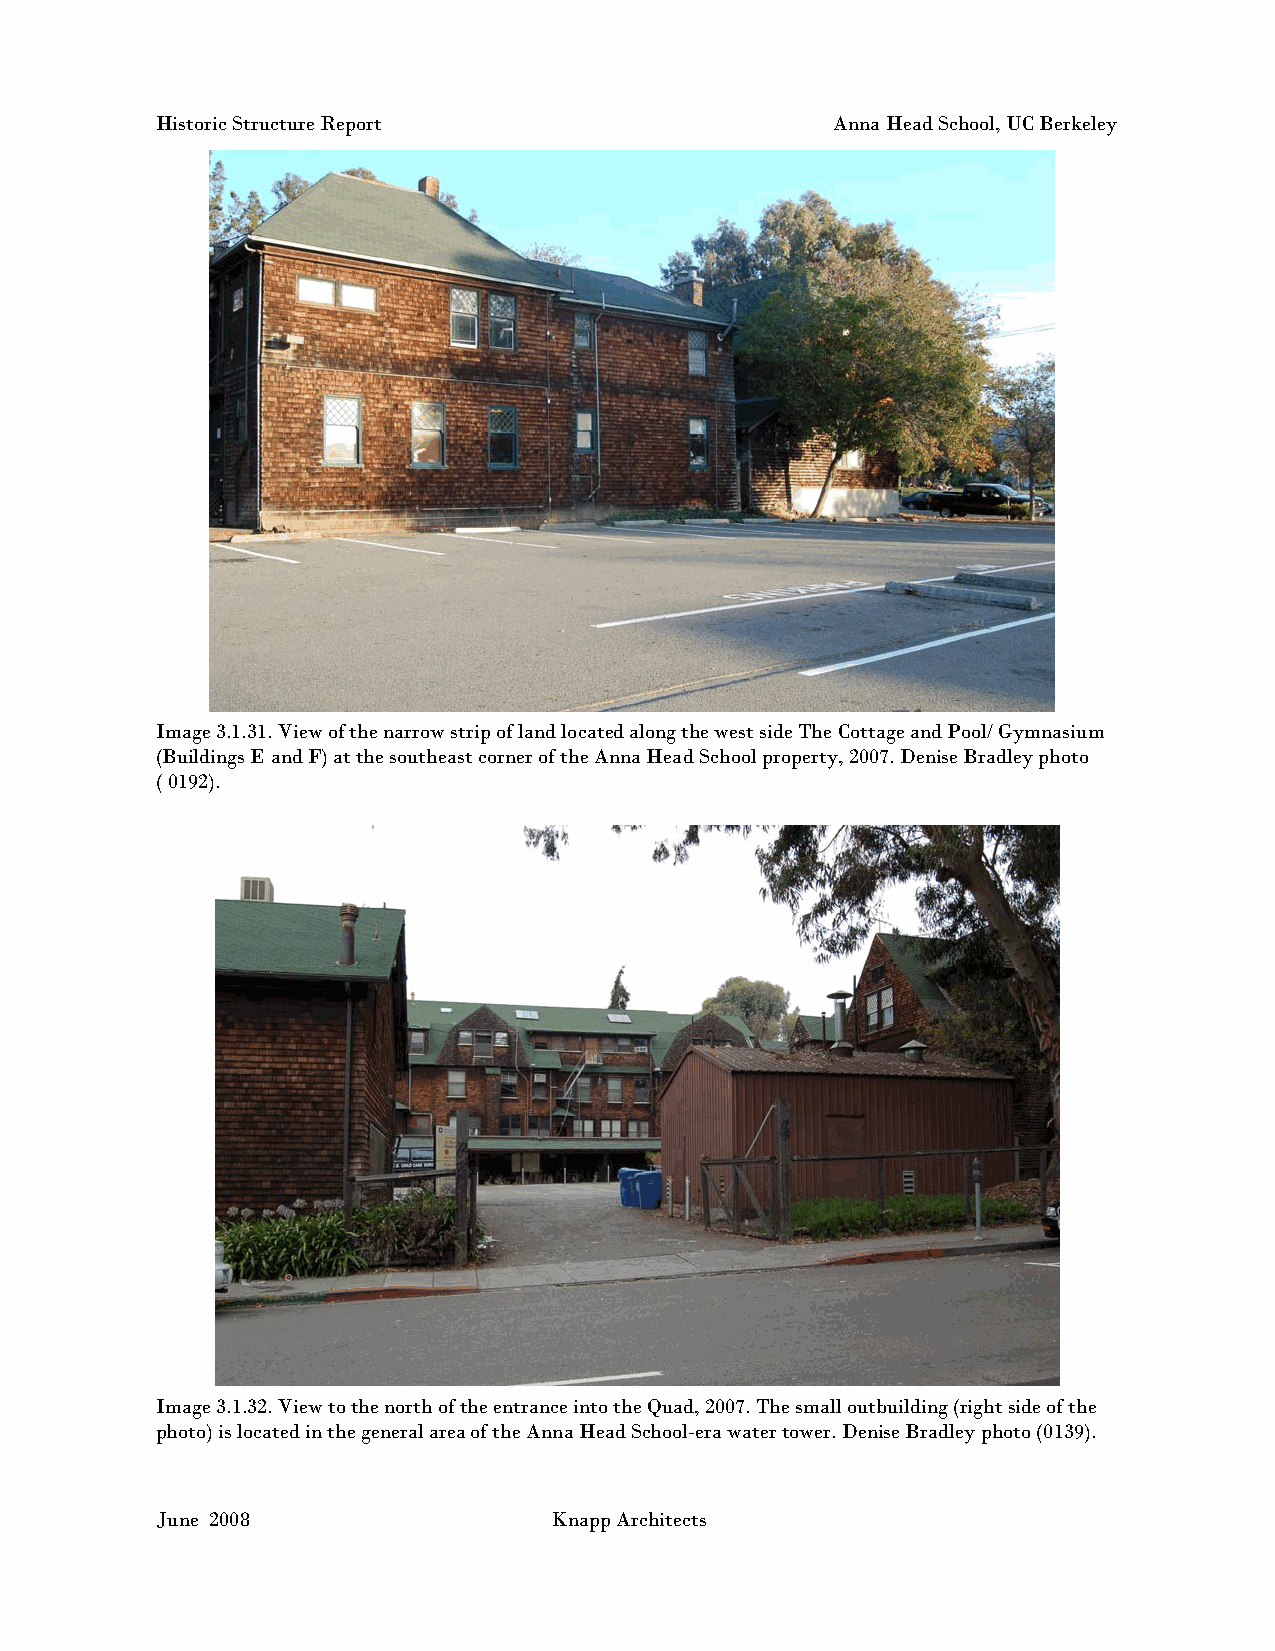
Historic Structure Report                    Anna Head School, UC Berkeley
 Image 3.1.31. View of the narrow strip of land located along the west side The Cottage and Pool/ Gymnasium
 (Buildings E and F) at the southeast corner of the Anna Head School property, 2007. Denise Bradley photo
 ( 0192).
 Image 3.1.32. View to the north of the entrance into the Quad, 2007. The small outbuilding (right side of the
 photo) is located in the general area of the Anna Head School-era water tower. Denise Bradley photo (0139).
 June 2008                 Knapp Architects